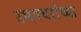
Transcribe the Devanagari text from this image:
उभयचरांच्या